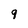
Character: 9